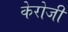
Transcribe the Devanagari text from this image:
केरोजी